Jaan_Tonisson_(Lasteleht), lk 405
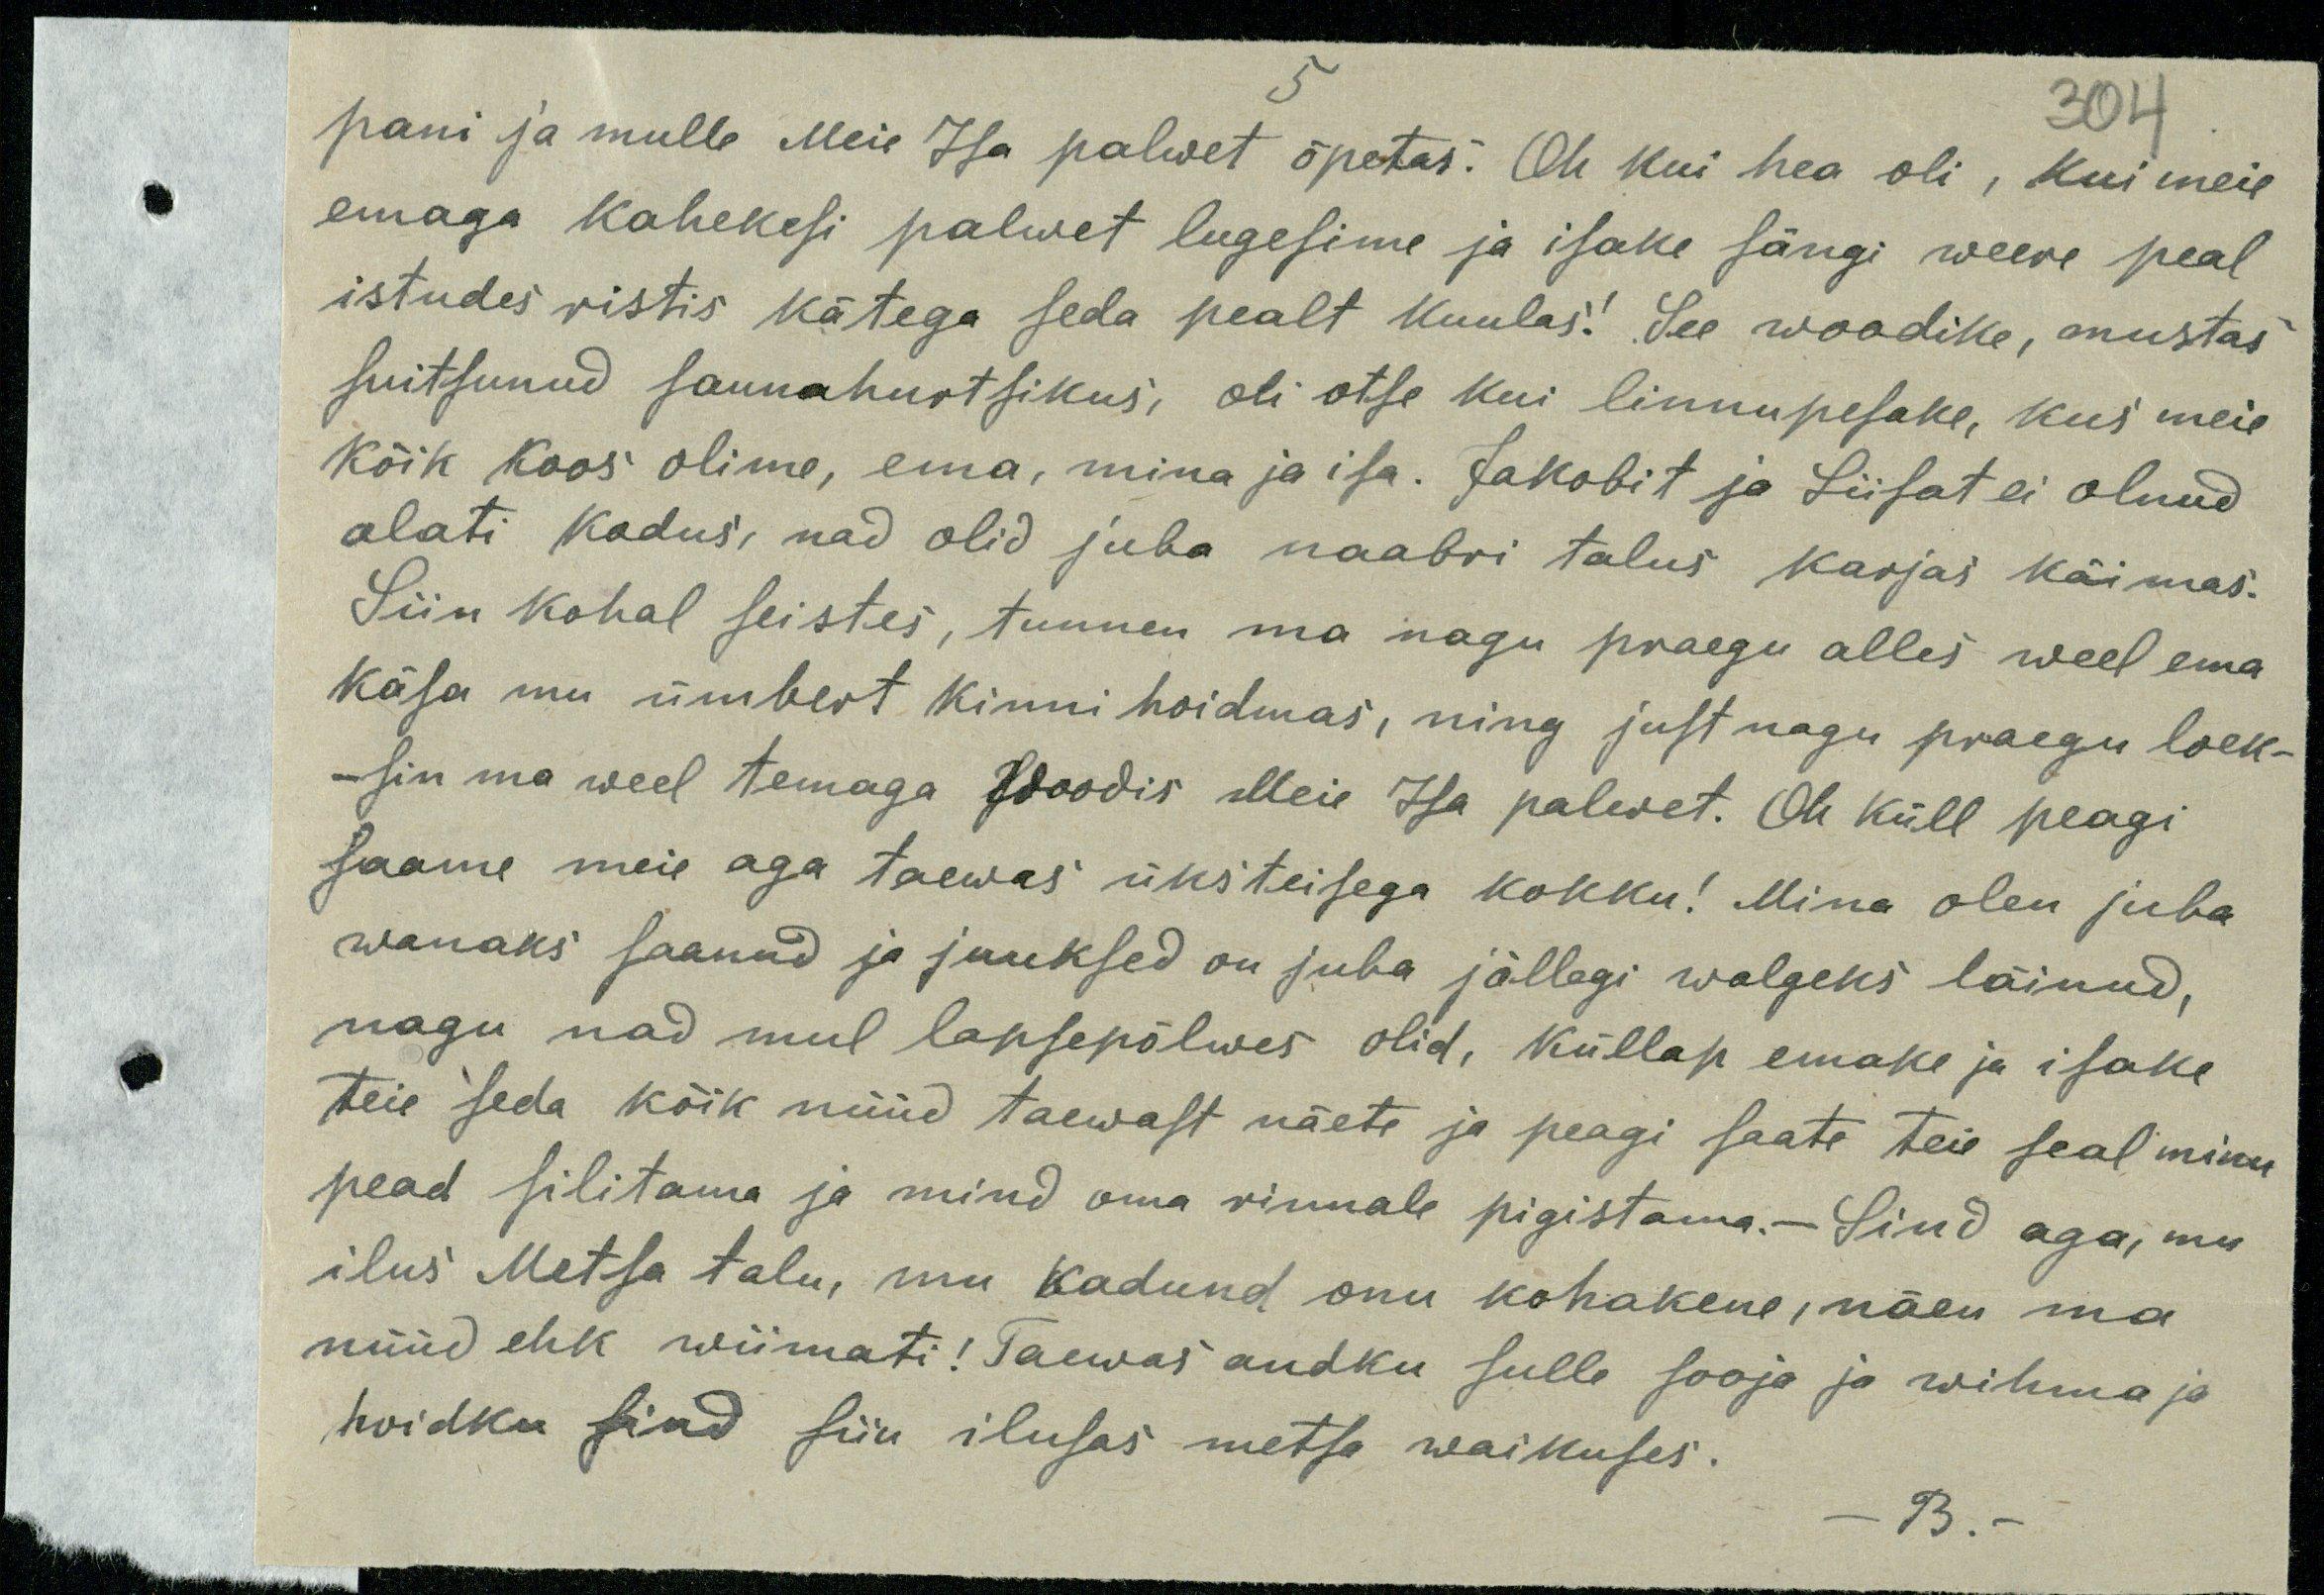
3044

pani ja mulle Meie Isa palwet õpetas. Oh kui hea oli, kui meie
emaga kahekesi palwet lugesime ja isake sängi weere peal
istudes ristis kätega seda pealt kuulas! See woodike, mustas
suitsunud saunahurtsikus, oli otse kui linnupesake, kus meie
Kõik koos olime, ema, mina ja isa. Jakobit ja Liisat ei olnud
alati kodus, nad olid juba naabri talus karjas käimas.
Siin kohal seistes, tunnen ma nagu praegu alles weel ema
käsa mu ümbert kinni hoidmas, ning just nagu praegu loek-
sin ma weel temaga woodis Meie Isa palewet. Oh küll peagi
saame meie aga taewas üksiteisega kokku! Mina olen juba
wanaks saanud ja juuksed on juba jällegi walgeks läinud,
nagu nad mul lapsepõlwes olid, küllap emake ja isake
teie seda kõik nüüd taewast näete ja peagi saate teie seal minu
pead silitama ja mind oma rinnale pigistama.- Sind aga, mis
ilus Metsa talu, mu kadund onu kohakene, näen ma
nüüd ehk wiimati! Taewas andku sulle sooja ja wihma ja
hoidku sind siin ilusas metsa waikuses.
- B. -